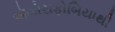
ઍગોરાફોબિયાથી